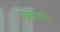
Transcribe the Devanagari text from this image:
पक्केपणाने